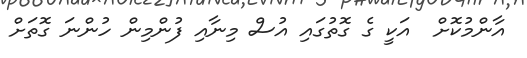
އާންމުކޮށް  އަކީ ގެ ގޮތުގައި އުސް މިނާއި ފުންމިން ހުންނަ ގޮތަށް